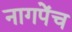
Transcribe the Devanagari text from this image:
नागपेंच